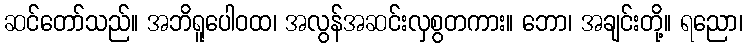
ဆင်တော်သည်။ အဘိရူပေါဝထ၊ အလွန်အဆင်းလှစွတကား။ ဘော၊ အချင်းတို့။ ရညော၊